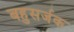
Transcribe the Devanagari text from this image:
बहुसर्जक